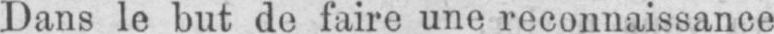
Dans le but de faire une reconnaissance